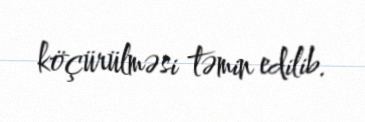
köçürülməsi təmin edilib.